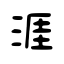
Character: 涯